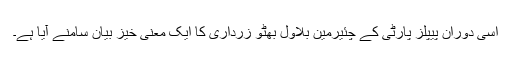
اسی دوران پیپلز پارٹی کے چئیرمین بلاول بھٹو زرداری کا ایک معنی خیز بیان سامنے آیا ہے۔